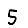
Digit: 5